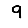
Digit: 9